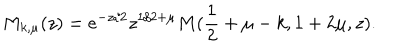
M _ { k , \mu } ( z ) = e ^ { - z / 2 } z ^ { 1 / 2 + \mu } M ( \frac { 1 } { 2 } + \mu - k , 1 + 2 \mu , z ) .